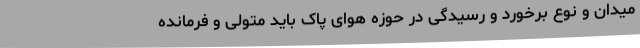
میدان و نوع برخورد و رسیدگی در حوزه هوای پاک باید متولی و فرمانده